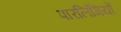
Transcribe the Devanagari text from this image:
पारलिंगियों